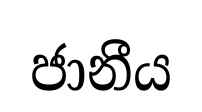
ජානීය